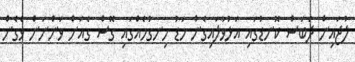
ލުޖައިން ދަބަސް ކޮނޑުގައި އަޅުވާލައިގެން މަޑު ހިނގުމެއްގައި ގޮސް ގެއަށް ވަންނަން ވެގެން